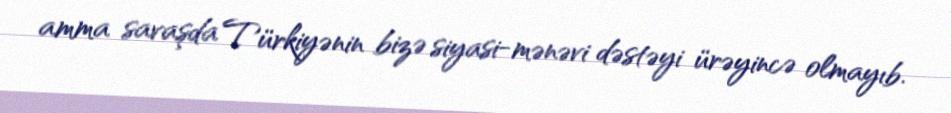
amma savaşda Türkiyənin bizə siyasi-mənəvi dəstəyi ürəyincə olmayıb.